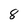
Character: 8